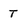
Character: t